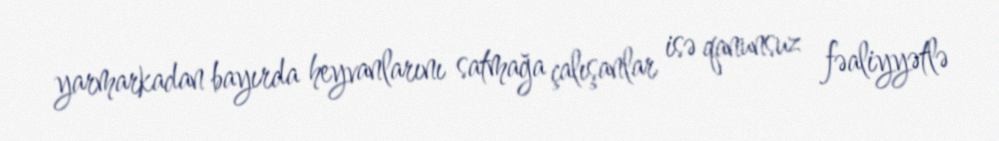
yarmarkadan bayırda heyvanlarını satmağa çalışanlar isə qanunsuz fəaliyyətlə